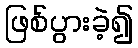
ဖြစ်ပွားခဲ့၍